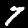
Label: 7